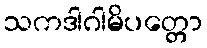
သကဒါဂါမိပတ္တော